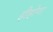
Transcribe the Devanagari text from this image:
हीहोगा